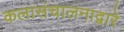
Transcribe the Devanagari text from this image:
कलासंचालनाद्वारे